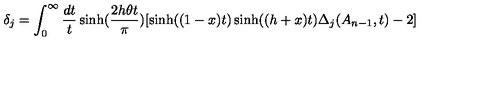
\delta _ { j } = \int _ { 0 } ^ { \infty } \frac { d t } t \sinh ( \frac { 2 h \theta t } \pi ) [ \sinh ( ( 1 - x ) t ) \sinh ( ( h + x ) t ) \Delta _ { j } ( A _ { n - 1 } , t ) - 2 ]